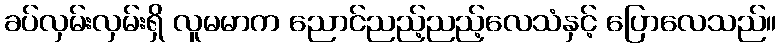
ခပ်လှမ်းလှမ်းရှိ လူမမာက ညောင်ညည့်ညည့်လေသံနှင့် ပြောလေသည်။